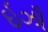
ઇઝૌ